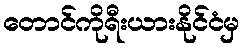
တောင်ကိုရီးယားနိုင်ငံမှ